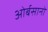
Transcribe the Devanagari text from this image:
ओर्बसानो